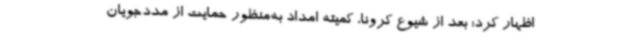
اظهار کرد: بعد از شیوع کرونا، کمیته امداد به‌منظور حمایت از مددجویان